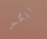
للكسر